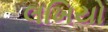
લખિયો